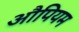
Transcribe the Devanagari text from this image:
औपियम